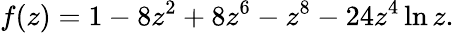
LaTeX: f(z)=1-8z^{2}+8z^{6}-z^{8}-24z^{4}\ln z.